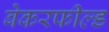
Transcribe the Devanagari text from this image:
बेकरफील्ड